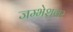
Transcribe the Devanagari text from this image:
जम्भेशवर